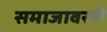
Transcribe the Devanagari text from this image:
समाजावरही